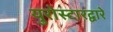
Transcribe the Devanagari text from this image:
युरोस्टारद्वारे